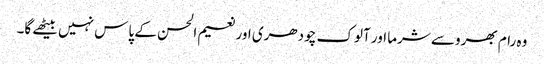
وہ رام بھروسے شرما اور آلوک چودھری اور نعیم الحسن کے پاس نہیں بیٹھے گا۔